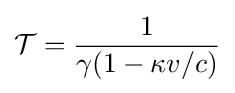
{\mathcal {T}}={\frac {1}{\gamma (1-\kappa v/c)}}